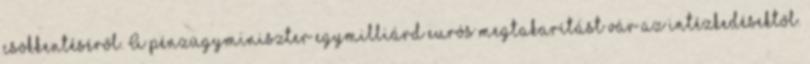
csökkentéséről. A pénzügyminiszter egymilliárd eurós megtakarítást vár az intézkedésektől.